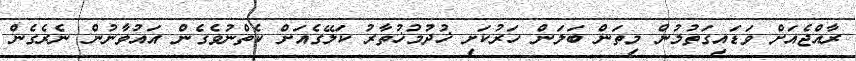
ރާއްޖެއަށް ވަޑައިގަތުމުން މިތަން ބަލަން ހަރުކަށި ޚުދުމުޚުތާރު ކަލޭގެއަށް ކެތްނުވެގެން އައުވާނުން ނެރެގެން